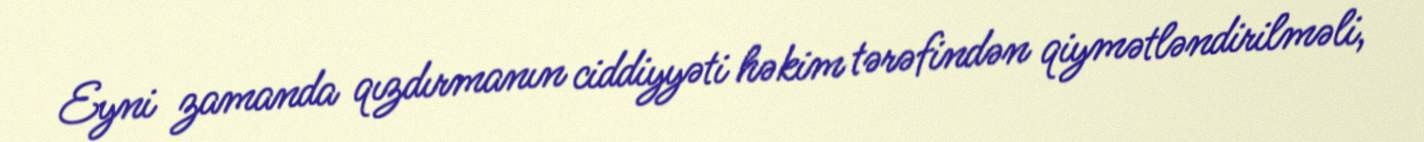
Eyni zamanda qızdırmanın ciddiyyəti həkim tərəfindən qiymətləndirilməli,